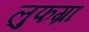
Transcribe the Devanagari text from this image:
लुफग्रा